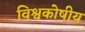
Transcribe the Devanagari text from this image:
विश्वकोषीय